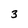
Character: 3